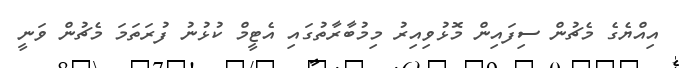
އިއްޔެގެ މެޗުން ސިފައިން މޮޅުވިއިރު މިމުބާރާތުގައި އެޓީމް ކުޅުނު ފުރަތަމަ މެޗުން ވަނީ